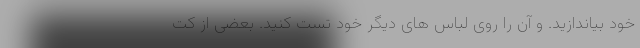
خود بیاندازید. و آن را روی لباس های دیگر خود تست کنید. بعضی از کت